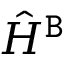
\hat { H } ^ { { \tt B } }